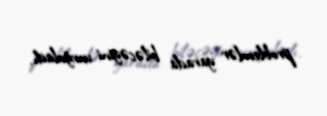
problemlər yarada biləcəyini vurğuladı.